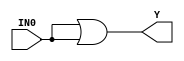
//------------------------------------------------------
// Copyright 1992, 1993 Cascade Design Automation Corporation.
//------------------------------------------------------
module buff(IN0,Y);
  parameter N = 8;
  parameter DPFLAG = 1;
  parameter GROUP = "dpath1";
  parameter
        d_IN0 = 0,
        d_Y = 1;
  input [(N - 1):0] IN0;
  output [(N - 1):0] Y;
  wire [(N - 1):0] IN0_temp;
  reg [(N - 1):0] Y_temp;
  assign #(d_IN0) IN0_temp = IN0|IN0;
  assign #(d_Y) Y = Y_temp;
  always
    @(IN0_temp)
      Y_temp = IN0_temp;
endmodule